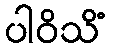
ပါဝိသိံ